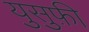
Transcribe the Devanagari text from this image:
युसुफ़ी